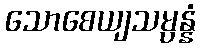
သောစေယျသမ္ပန္နံ